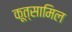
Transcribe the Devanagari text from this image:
कूत्सामिल